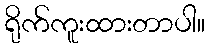
ရိုက်ကူးထားတာပါ။